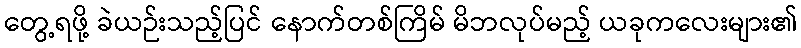
တွေ့ရဖို့ ခဲယဉ်းသည့်ပြင် နောက်တစ်ကြိမ် မိဘလုပ်မည့် ယခုကလေးများ၏